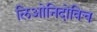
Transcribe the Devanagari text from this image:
लिओनिदोविच